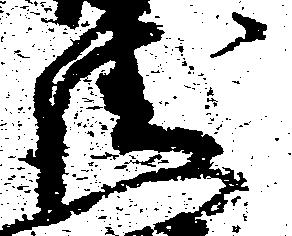
衛